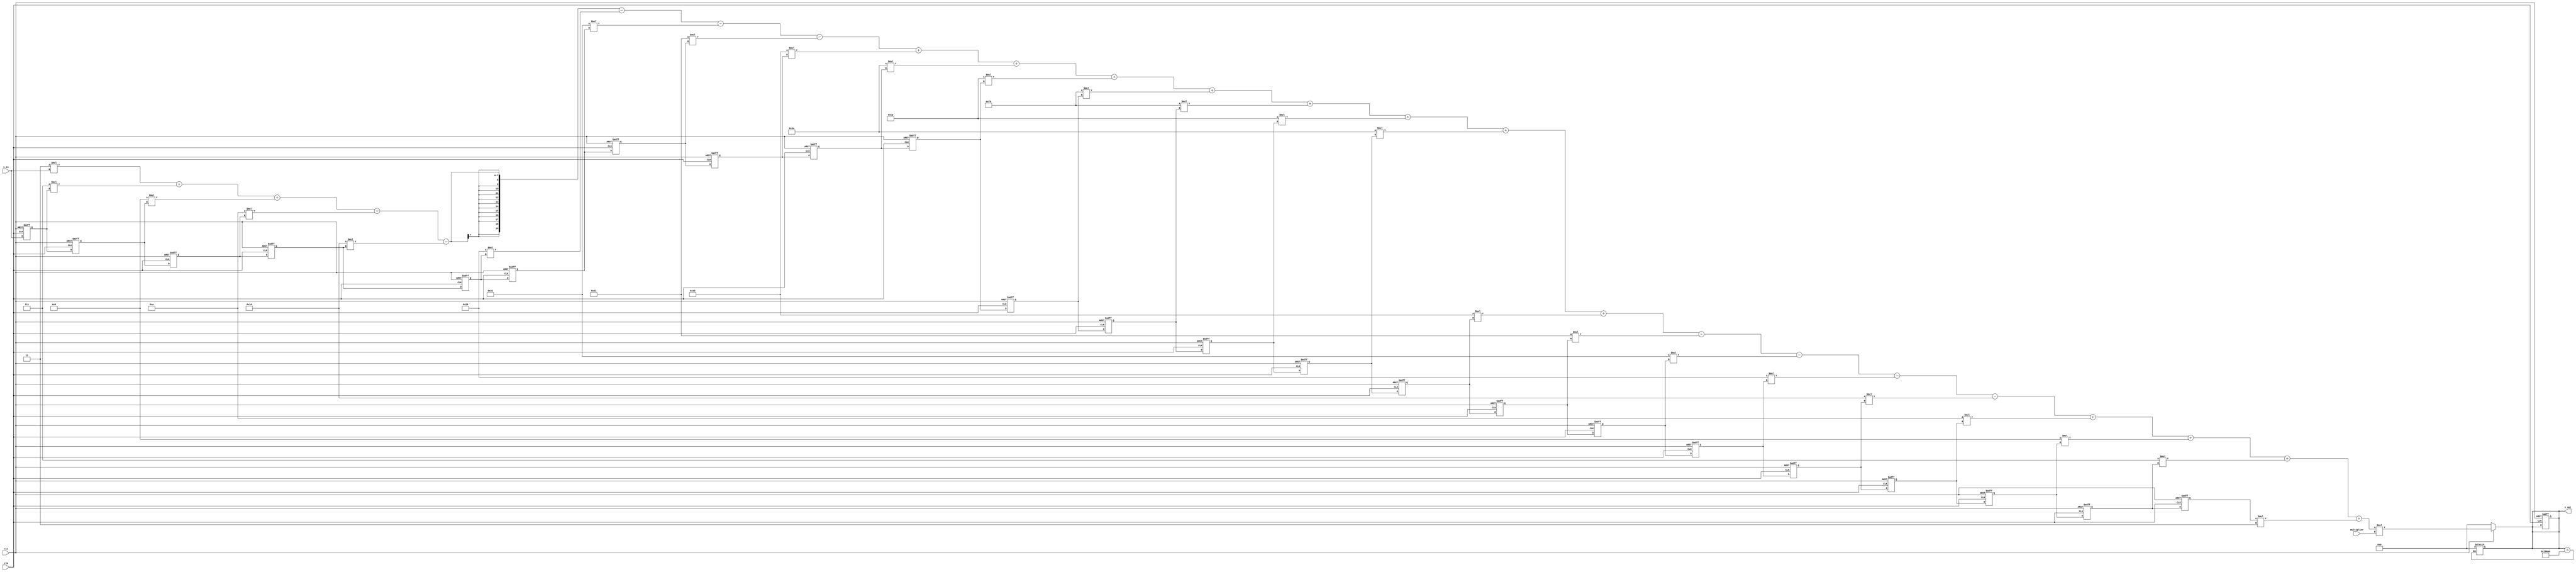
`timescale 1ns / 1ps
//////////////////////////////////////////////////////////////////////////////////
// Company: 
// Engineer: 
// 
// Design Name: 
// Module Name: firfilter_v
// Project Name: 
// Target Devices: 
// Tool Versions: 
// Description: 
// 
// Dependencies: 
// 
// Revision:
// Revision 0.01 - File Created
// Additional Comments:
// 
//////////////////////////////////////////////////////////////////////////////////


module firfilter_v2(input clk,input rst, input x_in, 
input [7:0] multiplier, output reg [19:0] x_out
    );
    
  wire [10:0] c0,c1,c2,c3,c4,c5,c6,c7,c8,c9,c10,c11,c12,c13,c14,c15,c16,c17,c18,c19,c20,c21,c22,c23; 
  reg x1,x2,x3,x4,x5,x6,x7,x8,x9,x10,x11,x12,x13,x14,x15,x16,x17,x18,x19,x20,x21,x22,x23; 
  assign c0 = 3;
  assign c1 = 7;
  assign c2 = 8;
  assign c3 =10;
  assign c4 = 16;
  assign c5 = 37;
  assign c6 = 49;
  assign c7 = 33;
  assign c8 = 21;
  assign c9 = 106;
  assign c10 = 194;
  assign c11 = 251;
  assign c12 = 251;
  assign c13 = 194;
  assign c14 = 106;
  assign c15 = 21;
  assign c16 = 33;
  assign c17 = 49;
  assign c18 = 37;
  assign c19 = 16;
  assign c20 =10;
  assign c21 = 8;
  assign c22 = 7;
  assign c23 = 3; 
  
  always @(posedge clk or negedge rst) begin 
    if (!rst) begin 
       x1 <=0; x2 <=0; x3 <=0; x4 <=0;
       x5 <=0; x6 <=0; x7 <=0; x8 <=0;
       x9 <=0; x10 <=0; x11 <=0;
       
       x12 <=0; x13 <=0; x14 <=0; x15 <=0;
       x16 <=0; x17 <=0; x18 <=0; x19 <=0;
       x20 <=0; x21 <=0; x22 <=0; x23 <=0; 
       x_out <=0; 
       
     end
     
    else begin 
    x1 <=x_in; x2 <=x1; x3 <=x2; x4 <=x3;
    x5 <=x4; x6 <=x5; x7 <=x6; x8 <=x7;
    x9 <=x8; x10 <= x9; x11 <=x10; x12 <=x11;
    x13 <=x12; x14 <=x13; x15 <=x14; x16 <=x15;
    x17 <=x16; x18 <=x17; x19 <=x18; x20 <=x19;
    x21 <=x20; x22 <=x21; x23 <= x22; 
    end
  
  end
  
  always @(*) begin 
  
   if(!rst) begin 
   x_out =0;
   end
  
  else begin
  x_out = (((c0*x_in + c1*x1 + c2*x2 + c3*x3 - c4*x4 - c5*x5 - c6*x6 - c7*x7 + c8*x8 + c9*x9 + c10*x10 + c11*x11 + c12*x12 + c13*x13 + c14*x14 + c15*x15 - c16*x16 - c17*x17 - c18*x18 - c19*x19  + c20*x20 + c21*x21 + c22*x22 + x23*c23))*multiplier);

 end
  
  end
  
  always @(*) begin 
  if (x_out > 100000)
  x_out = 0;
  end
  
    
endmodule